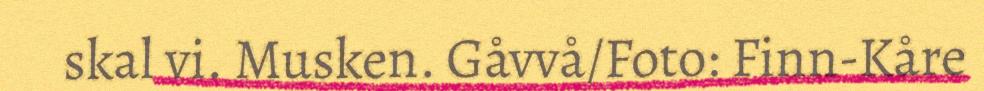
skal vi. Musken. Gåvvå/Foto: Finn-Kåre